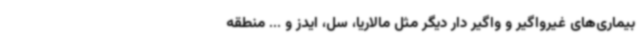
بیماری‌های غیرواگیر و واگیر دار دیگر مثل مالاریا، سل، ایدز و ... منطقه